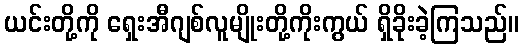
ယင်းတို့ကို ရှေးအီဂျစ်လူမျိုးတို့ကိုးကွယ် ရှိခိုးခဲ့ကြသည်။